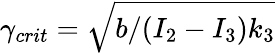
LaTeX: \gamma_{crit}=\sqrt{b/(I_{2}-I_{3})k_{3}}